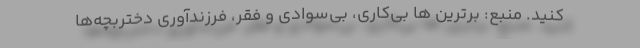
‌کنید. منبع: برترین ها بی‌کاری، بی‌سوادی و فقر، فرزندآوری دختربچه‌ها